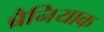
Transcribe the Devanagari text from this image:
ब्रैनियाक